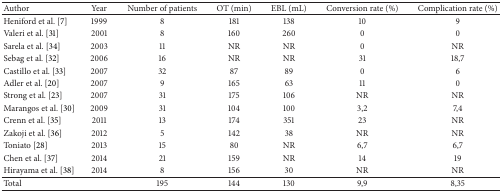
<table><thead><tr><td><b>Author</b></td><td><b>Year</b></td><td><b>Number of patients</b></td><td><b>OT (min)</b></td><td><b>EBL (mL)</b></td><td><b>Conversion rate (%)</b></td><td><b>Complication rate (%)</b></td></tr></thead><tbody><tr><td>Heniford et al. [7]</td><td>1999</td><td>8</td><td>181</td><td>138</td><td>10</td><td>9</td></tr><tr><td>Valeri et al. [31]</td><td>2001</td><td>8</td><td>160</td><td>260</td><td>0</td><td>0</td></tr><tr><td>Sarela et al. [34]</td><td>2003</td><td>11</td><td>NR</td><td>NR</td><td>0</td><td>NR</td></tr><tr><td>Sebag et al. [32]</td><td>2006</td><td>16</td><td>NR</td><td>NR</td><td>31</td><td>18,7</td></tr><tr><td>Castillo et al. [33]</td><td>2007</td><td>32</td><td>87</td><td>89</td><td>0</td><td>6</td></tr><tr><td>Adler et al. [20]</td><td>2007</td><td>9</td><td>165</td><td>63</td><td>11</td><td>0</td></tr><tr><td>Strong et al. [23]</td><td>2007</td><td>31</td><td>175</td><td>106</td><td>NR</td><td>NR</td></tr><tr><td>Marangos et al. [30]</td><td>2009</td><td>31</td><td>104</td><td>100</td><td>3,2</td><td>7,4</td></tr><tr><td>Crenn et al. [35]</td><td>2011</td><td>13</td><td>174</td><td>351</td><td>23</td><td>NR</td></tr><tr><td>Zakoji et al. [36]</td><td>2012</td><td>5</td><td>142</td><td>38</td><td>NR</td><td>NR</td></tr><tr><td> Toniato [28]</td><td>2013</td><td>15</td><td>80</td><td>NR</td><td>6,7</td><td>6,7</td></tr><tr><td>Chen et al. [37]</td><td>2014</td><td>21</td><td>159</td><td>NR</td><td>14</td><td>19</td></tr><tr><td>Hirayama et al. [38]</td><td>2014</td><td>8</td><td>156</td><td>30</td><td>NR</td><td>NR</td></tr><tr><td>Total</td><td> </td><td>195</td><td>144</td><td>130</td><td>9,9</td><td>8,35</td></tr></tbody></table>